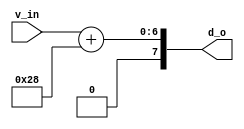
module v_dec(
    input  [6:0]    v_in,
    output [7:0]    d_o
);

parameter D_BASE = 7'b0101000;

assign d_o = {1'b0, v_in + D_BASE};

endmodule